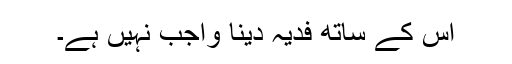
اس کے ساتھ فدیہ دینا واجب نہیں ہے۔